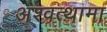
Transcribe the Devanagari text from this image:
अश्‍वत्थामा